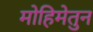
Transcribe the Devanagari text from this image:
मोहिमेतुन